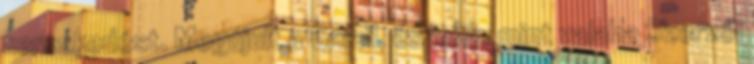
kereskedést. Megújult a Gmail, és jobb, mint valaha Szerzői